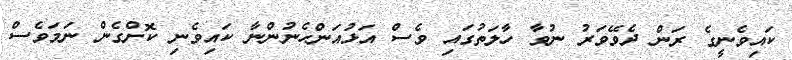
ކައިވެނީގެ ރަން ދެވޭވަރު ނުވާ ހާލަތުގައި ވެސް އަޅުއަންހެނުންނާ ކައިވެނި ކޮށްގެން ނަމަވެސް